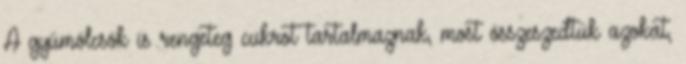
A gyümölcsök is rengeteg cukrot tartalmaznak, most összeszedtük azokat,